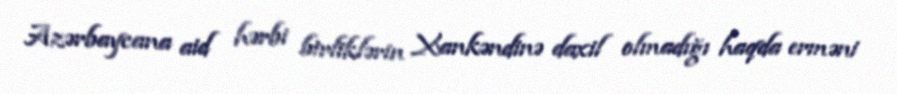
Azərbaycana aid hərbi birliklərin Xankəndinə daxil olmadığı haqda erməni